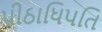
પીઠાધિપતિ